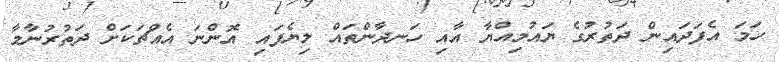
ހަމަ އެފަދައިން ދަތުރުގެ ޔައުމިއްޔާ އާއި ހަނދާންތައް ލިޔެފައި އޮންނަ އެއްޗަކަށް ދަތުރުނާމާ